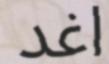
اغد